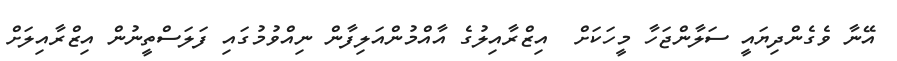
އޭނާ ވެގެންދިޔައީ ސަލާންޖަހާ މީހަކަށް  އިޒްރާއިލުގެ އާއްމުންއަލިފާން ނިއްވުމުގައި ފަލަސްތީނުން އިޒްރާއިލަށް